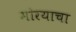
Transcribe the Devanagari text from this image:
मोरयाचा